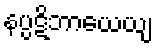
နပ္ပဋိဘာယေယျ